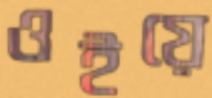
ওইয়ে